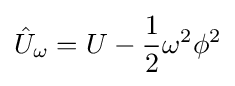
{\hat {U}}_{\omega }=U-{\frac {1}{2}}\omega ^{2}\phi ^{2}